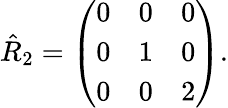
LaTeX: \hat{R}_{2}=\left(\begin{array}{lll}{0}&{0}&{0}\\ {0}&{1}&{0}\\ {0}&{0}&{2}\end{array}\right).